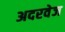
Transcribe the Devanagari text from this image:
अदरवेज